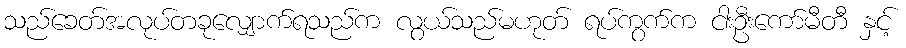
သည်ခေတ်အလုပ်တခုလျှောက်ရသည်က လွယ်သည်မဟုတ် ရပ်ကွက်က ငါးဦးကော်မီတီ နှင့်